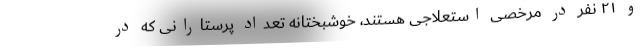
و ۲۱ نفر در مرخصی استعلاجی هستند، خوشبختانه تعداد پرستارانی که در